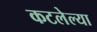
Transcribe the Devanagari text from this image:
कटलेल्या